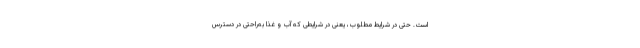
است. حتی در شرایط مطلوب، یعنی در شرایطی که آب و غذا به‌راحتی در دسترس